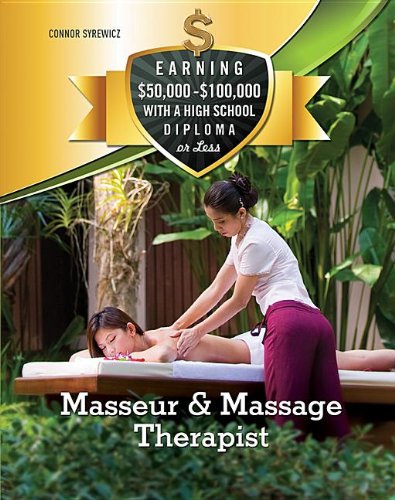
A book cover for Masseur & Massage Therapist (Earning $50,000-$100,000 With a High School Diploma Or Less); Connor Syrewicz; Teen & Young Adult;